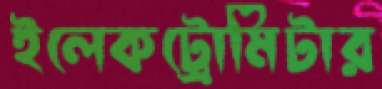
ইলেকট্রোমিটার